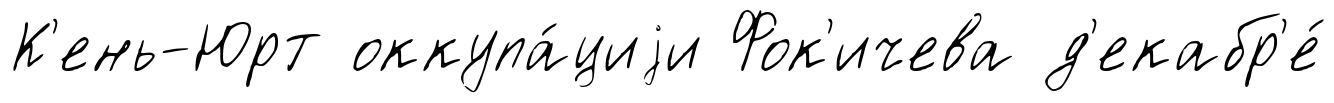
К'ень-Юрт оккупа́циjи Фок'ичева д'екабр'е́